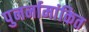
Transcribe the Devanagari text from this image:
पुनर्नामांकित